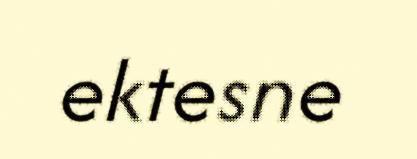
ektesne